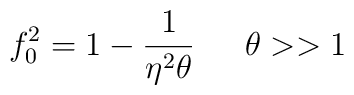
f_0^2=1-\frac{1}{\eta^2\theta} \,\,\,\,\,\,\,\,\, \theta>>1